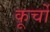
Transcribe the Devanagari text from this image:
कूर्चो